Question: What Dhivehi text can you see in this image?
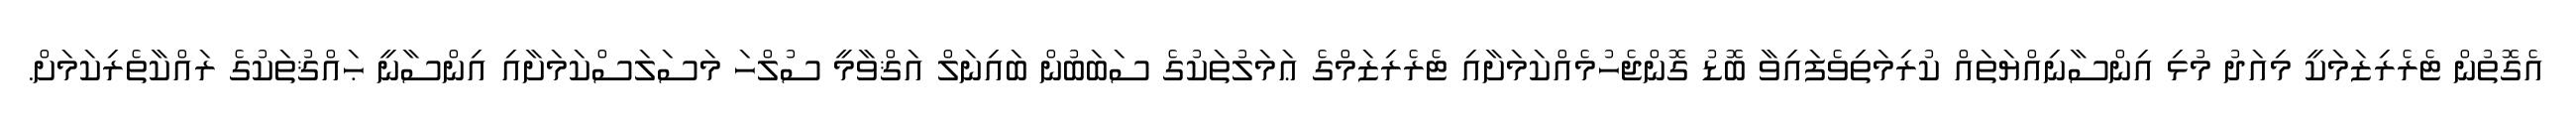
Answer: އެގޮތުން ޓެރެރިޒަމަކީ މިއަދު މުޅި އިންސާނިއްޔަތައް ކުރިމަތިވެފައިވާ ބޮޑު ގޮންޖެހުމެއްކަމަށާއި ޓެރެރިޒަމްގެ ޢަމަލުތަކުގެ ސަބަބުން ބައިނަލް އަޤްވާމީ ސުލްހަ މަސަލަސްކަމަށާއި އިންސާނީ ޙައްޤުތަކުގެ ރައްކާތެރިކަމަށް.